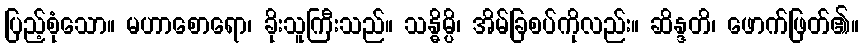
ပြည့်စုံသော။ မဟာစောရော၊ ခိုးသူကြီးသည်။ သန္ဓိမ္ပိ၊ အိမ်ခြစပ်ကိုလည်း။ ဆိန္ဒတိ၊ ဖောက်ဖြတ်၏။